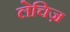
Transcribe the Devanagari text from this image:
लेचिज़